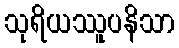
သုရိယဿူပနိသာ